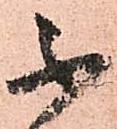
不